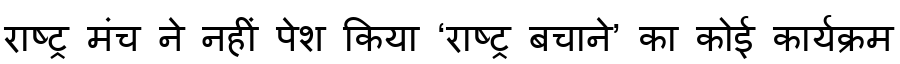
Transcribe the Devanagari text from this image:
राष्ट्र मंच ने नहीं पेश किया ‘राष्ट्र बचाने’ का कोई कार्यक्रम